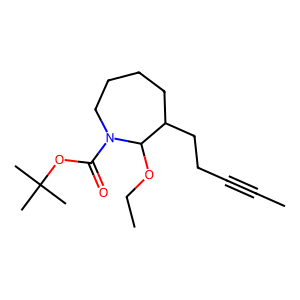
SMILES: CC#CCCC1CCCCN(C(=O)OC(C)(C)C)C1OCC
Inhibits HIV replication: No